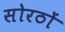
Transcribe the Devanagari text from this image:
सोरठों